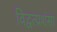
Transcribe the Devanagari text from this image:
विद्वत्प्रशंसा